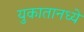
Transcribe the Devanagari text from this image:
युकातानध्ये